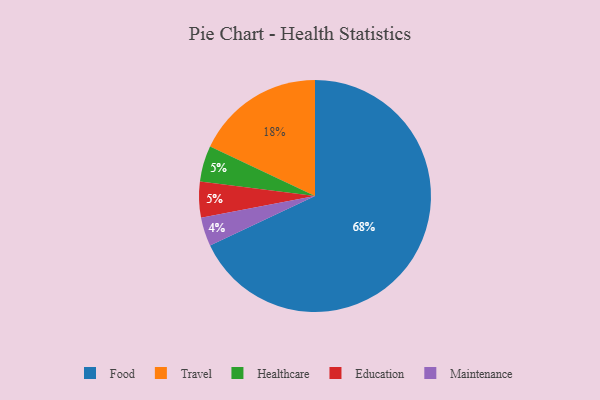
{"axis": {"x": "Category", "y": "Percentage"}, "legend": ["Education", "Food", "Healthcare", "Maintenance", "Travel"], "data": [{"x": "Food", "y": 68, "type": "Food"}, {"x": "Healthcare", "y": 5, "type": "Healthcare"}, {"x": "Travel", "y": 18, "type": "Travel"}, {"x": "Education", "y": 5, "type": "Education"}, {"x": "Maintenance", "y": 4, "type": "Maintenance"}]}